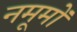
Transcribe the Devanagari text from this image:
नमूमों